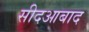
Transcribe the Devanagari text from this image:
सीदआबाद